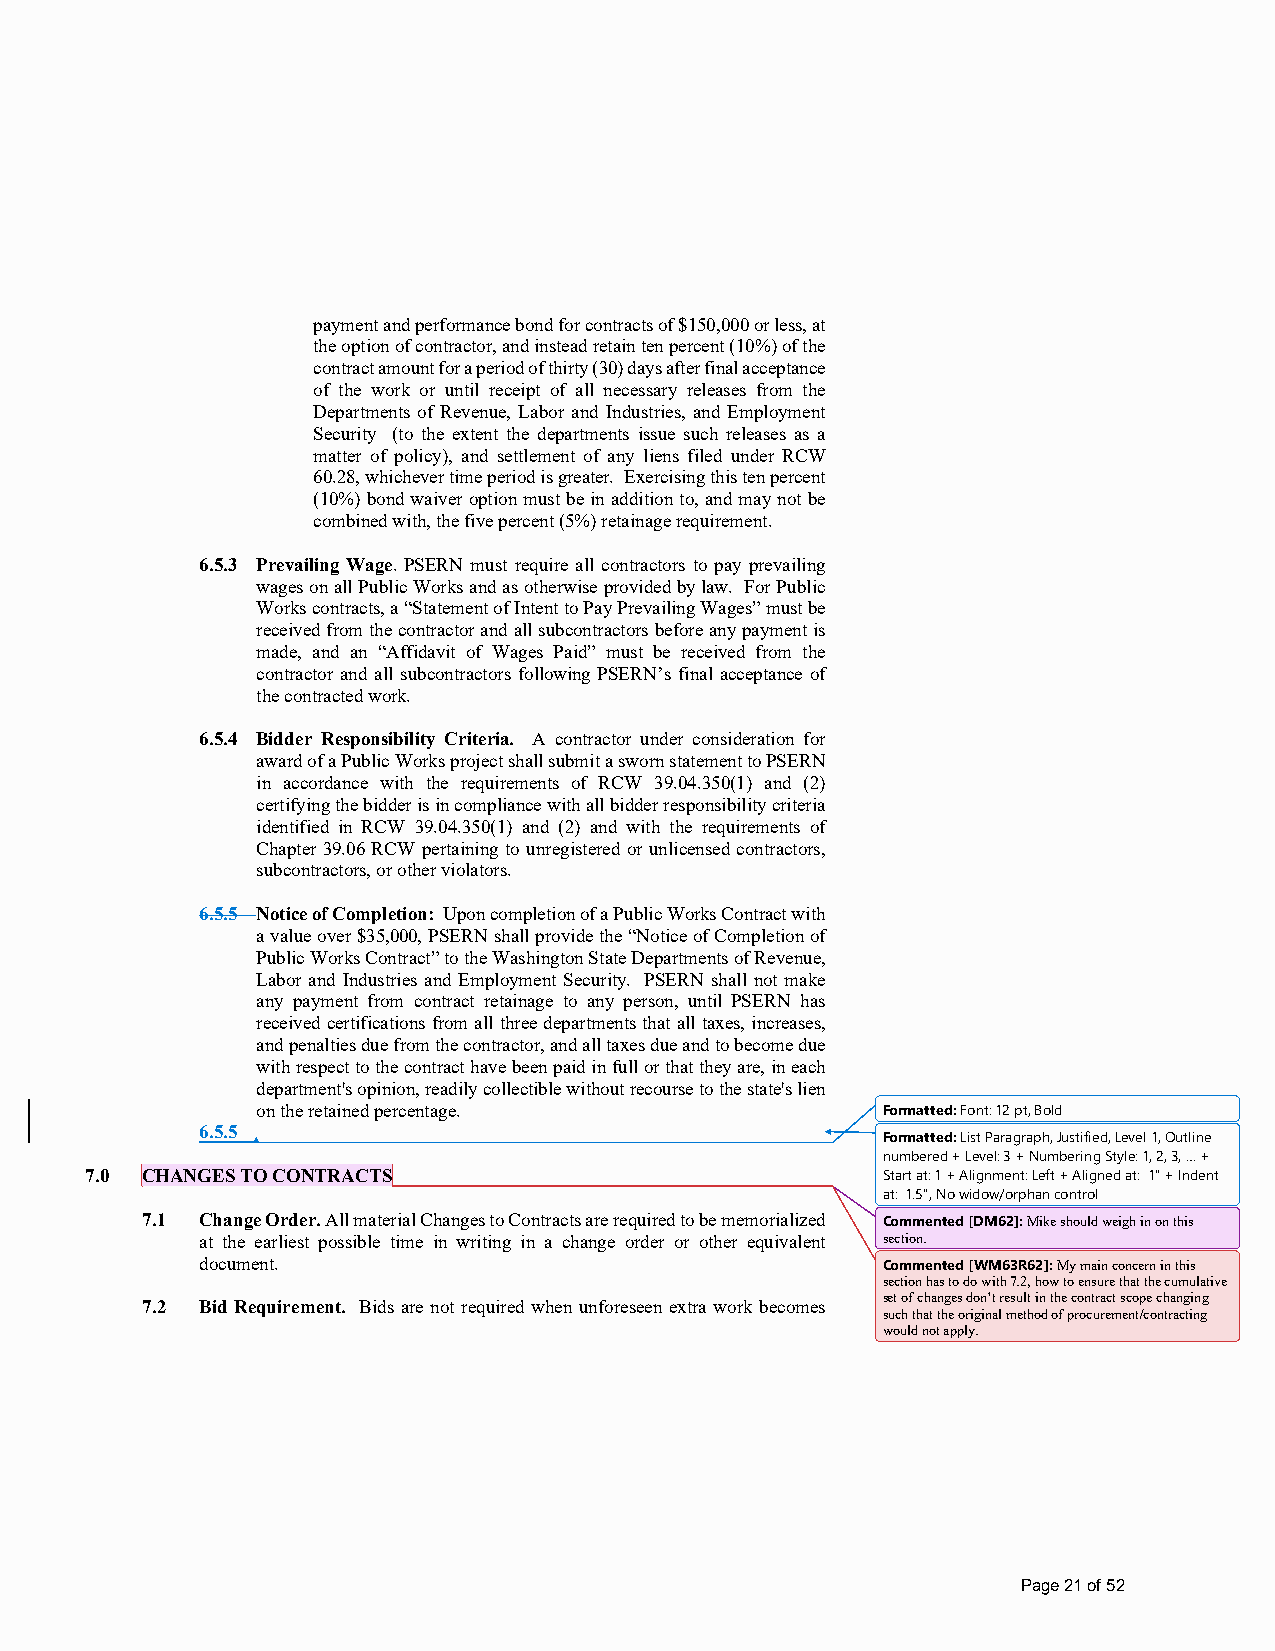
payment and performance bond for contracts of $150,000 or less, at
 the option of contractor, and instead retain ten percent (10%) of the
 contract amount for a period of thirty (30) days after final acceptance
 of the work or until receipt of all necessary releases from the
 Departments of Revenue, Labor and Industries, and Employment
 Security (to the extent the departments issue such releases as a
 matter of policy), and settlement of any liens filed under RCW
 60.28, whichever time period is greater. Exercising this ten percent
 (10%) bond waiver option must be in addition to, and may not be
 combined with, the five percent (5%) retainage requirement.
 6.5.3 Prevailing Wage. PSERN must require all contractors to pay prevailing
 wages on all Public Works and as otherwise provided by law. For Public
 Works contracts, a “Statement of Intent to Pay Prevailing Wages” must be
 received from the contractor and all subcontractors before any payment is
 made, and an “Affidavit of Wages Paid” must be received from the
 contractor and all subcontractors following PSERN’s final acceptance of
 the contracted work.
 6.5.4 Bidder Responsibility Criteria. A contractor under consideration for
 award of a Public Works project shall submit a sworn statement to PSERN
 in accordance with the requirements of RCW 39.04.350(1) and (2)
 certifying the bidder is in compliance with all bidder responsibility criteria
 identified in RCW 39.04.350(1) and (2) and with the requirements of
 Chapter 39.06 RCW pertaining to unregistered or unlicensed contractors,
 subcontractors, or other violators.
 6.5.5 Notice of Completion: Upon completion of a Public Works Contract with
 a value over $35,000, PSERN shall provide the “Notice of Completion of
 Public Works Contract” to the Washington State Departments of Revenue,
 Labor and Industries and Employment Security. PSERN shall not make
 any payment from contract retainage to any person, until PSERN has
 received certifications from all three departments that all taxes, increases,
 and penalties due from the contractor, and all taxes due and to become due
 with respect to the contract have been paid in full or that they are, in each
 department's opinion, readily collectible without recourse to the state's lien
 on the retained percentage.              Formatted: Font: 12 pt, Bold
 6.5.5
 Formatted: List Paragraph, Justified, Level 1, Outline
 numbered + Level: 3 + Numbering Style: 1, 2, 3, … +
 7.0 CHANGES TO CONTRACTS                            Start at: 1 + Alignment: Left + Aligned at: 1" + Indent
 at: 1.5", No widow/orphan control
 7.1 Change Order. All material Changes to Contracts are required to be memorialized Commented [DM62]: Mike should weigh in on this
 at the earliest possible time in writing in a change order or other equivalent section.
 document.                                    Commented [WM63R62]: My main concern in this
 section has to do with 7.2, how to ensure that the cumulative
 set of changes don’t result in the contract scope changing
 7.2 Bid Requirement. Bids are not required when unforeseen extra work becomes
 such that the original method of procurement/contracting
 would not apply.
 Page 21 of 52